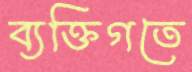
ব্যক্তিগতে